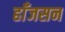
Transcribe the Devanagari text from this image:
हाँजसन